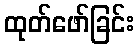
ထုတ်ဖော်ခြင်း